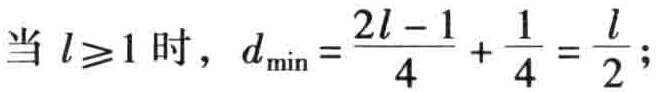
当 \( l\geq1 \) 时，\( d_{\min}=\frac{2l - 1}{4}+\frac{1}{4}=\frac{l}{2} \);